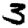
Digit: 3